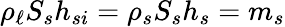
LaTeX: \rho_{\ell}S_{s}h_{si}=\rho_{s}S_{s}h_{s}=m_{s}